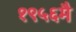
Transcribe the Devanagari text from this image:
१९५६मै